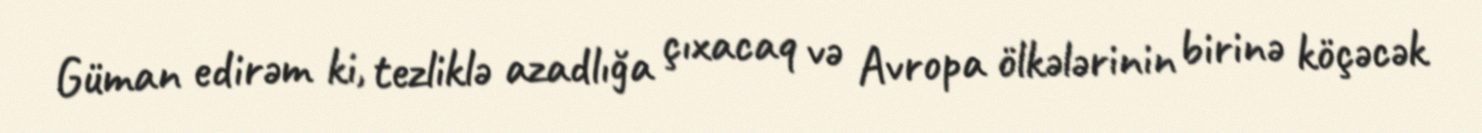
Güman edirəm ki, tezliklə azadlığa çıxacaq və Avropa ölkələrinin birinə köçəcək